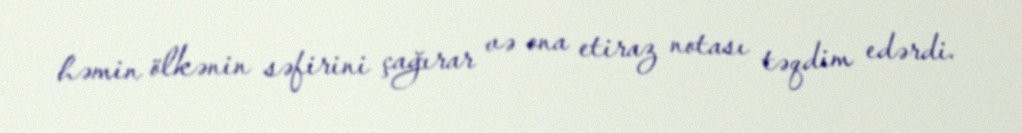
həmin ölkənin səfirini çağırar və ona etiraz notası təqdim edərdi.